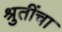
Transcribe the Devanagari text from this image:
श्रुतींचा